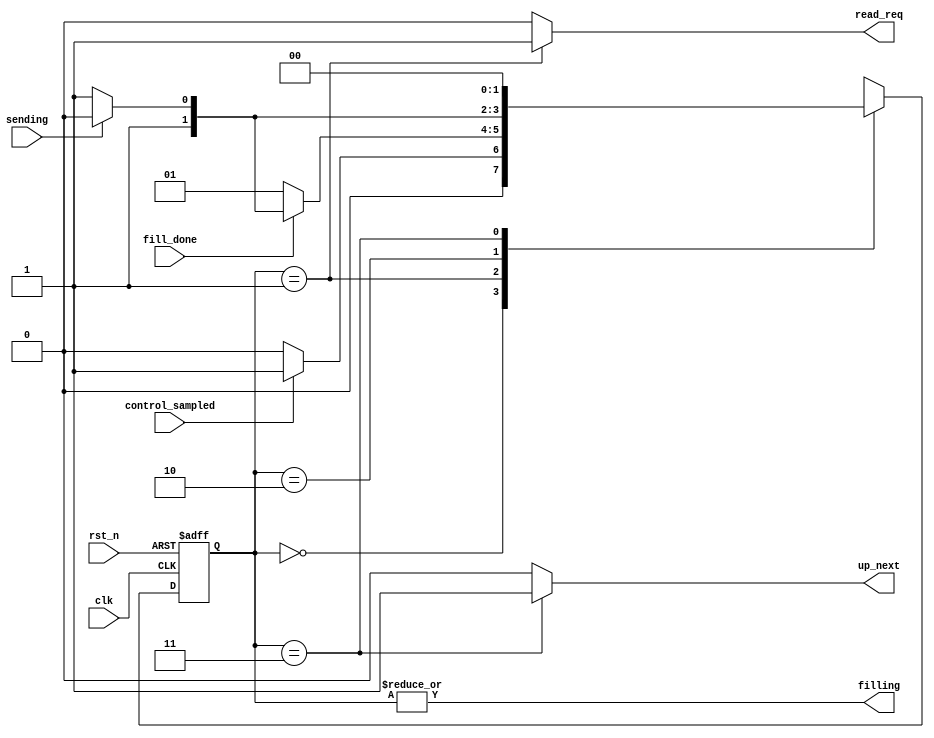
/*
 * 	FSM FILL LOGIC
 */	
module fsm_fill_logic (
		input wire clk,
		input wire rst_n,
    	
		input wire fill_done,       // the fill logic has filled the tmp buffers
		input wire sending,         // the send logic is sending
		input wire control_sampled, // the control data are sampled, hence a new read could start
		
		output wire read_req,       // read request
        output wire filling,        // the fill logic is filling
        output wire up_next         // the fill logic has ended, the send logic is not busy, therefore the next data can be sent
		
		);
		
	parameter IDLE=2'b00, READ=2'b01, WAIT=2'b10, SEND_REQ=2'b11;
	
	reg [1:0] state, next_state;
	
	always@(posedge clk, negedge rst_n)
		if (rst_n == 1'b0)
			state <= IDLE;
		else 
			state <= next_state;
		
	
	/*
	 * NEXT STATE LOGIC
	 */
	always@(state, control_sampled, fill_done, sending)
		case(state)
			IDLE:   if(control_sampled)
                        next_state = READ;
                    else    
                        next_state = IDLE;
            READ:   if(~fill_done)
                        next_state = READ;
                    else if(sending)
                        next_state = WAIT;
                    else 
                        next_state = SEND_REQ;
            WAIT:   if(sending) 
                        next_state = WAIT;
                    else
                        next_state = SEND_REQ;
            SEND_REQ:   next_state = IDLE;

			default: next_state = IDLE;
		endcase
		
	
		/*
		 * OUTPUT LOGIC
		 */
		
	assign read_req = (state==READ) ? 1'b1 : 1'b0;
    assign filling = |state;
    assign up_next = (state==SEND_REQ) ? 1'b1 : 1'b0;

endmodule